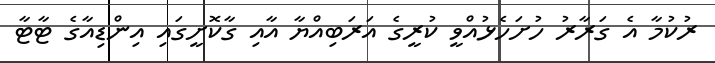
ރުކުމާ އެ ގަރާރު ހުށަހެޅުއްވީ ކުރީގެ އަރަބިއްޔާ އާއި ގާކޮށީގައި އިންޑިއާގެ ޓާޓާ